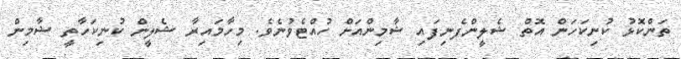
ތަންކޮޅު ކުނިކަހަން އޮތް ޝެލީންފެނިފައި ޝާމިންއަށް ހުއްޓެވުނެވެ. މިހާމައިރާ ޝެލީން ކުނިކަހާތީ ޝާމިން